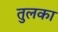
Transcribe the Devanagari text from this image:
तुलका